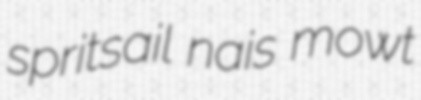
spritsail nais mowt